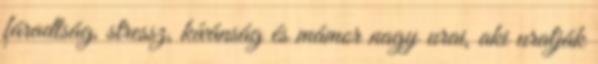
fáradtság, stressz, kívánság és mámor nagy urai, aki uralják